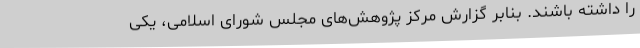
را داشته باشند. بنابر گزارش مرکز پژوهش‌های مجلس شورای اسلامی، یکی